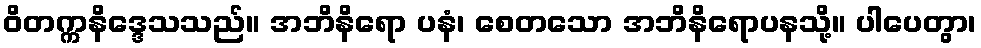
ဝိတက္ကနိဒ္ဒေသသည်။ အဘိနိရော ပနံ၊ စေတသော အဘိနိရောပနသို့။ ပါပေတွာ၊